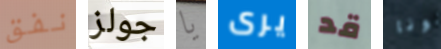
نفق جولز يا يرى قد نونا